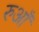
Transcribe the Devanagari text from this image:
रुआँ